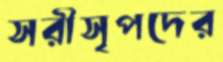
সরীসৃপদের